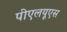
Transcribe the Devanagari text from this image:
पीएलयूएस